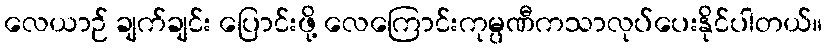
လေယာဉ် ချက်ချင်း ပြောင်းဖို့ လေကြောင်းကုမ္ပဏီကသာလုပ်ပေးနိုင်ပါတယ်။